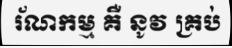
រ័ណកម្ម គឺ នូវ គ្រប់